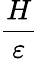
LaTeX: \frac{H}{\varepsilon}